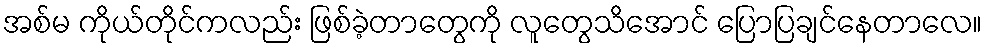
အစ်မ ကိုယ်တိုင်ကလည်း ဖြစ်ခဲ့တာတွေကို လူတွေသိအောင် ပြောပြချင်နေတာလေ။